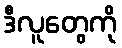
ဒီလူတွေကို